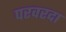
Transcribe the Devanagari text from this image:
परवरदा